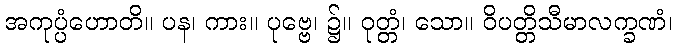
အကုပ္ပံဟောတိ။ ပန၊ ကား။ ပုဗ္ဗေ၊ ၌။ ဝုတ္တံ၊ သော။ ဝိပတ္တိသီမာလက္ခဏံ၊